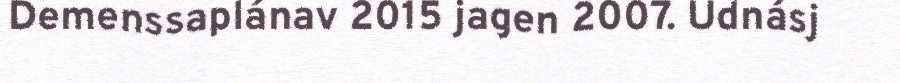
Demenssaplánav 2015 jagen 2007. Udnásj